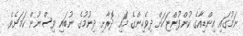
ނަމުގައި އިންޑިއާގެ ކުންފުންޏަކަށް ދިވެހިންގެ މައި ދޮރާށި ދިނުމުގެ ނުބައި ވިސްނުން ކަމަށެވެ.